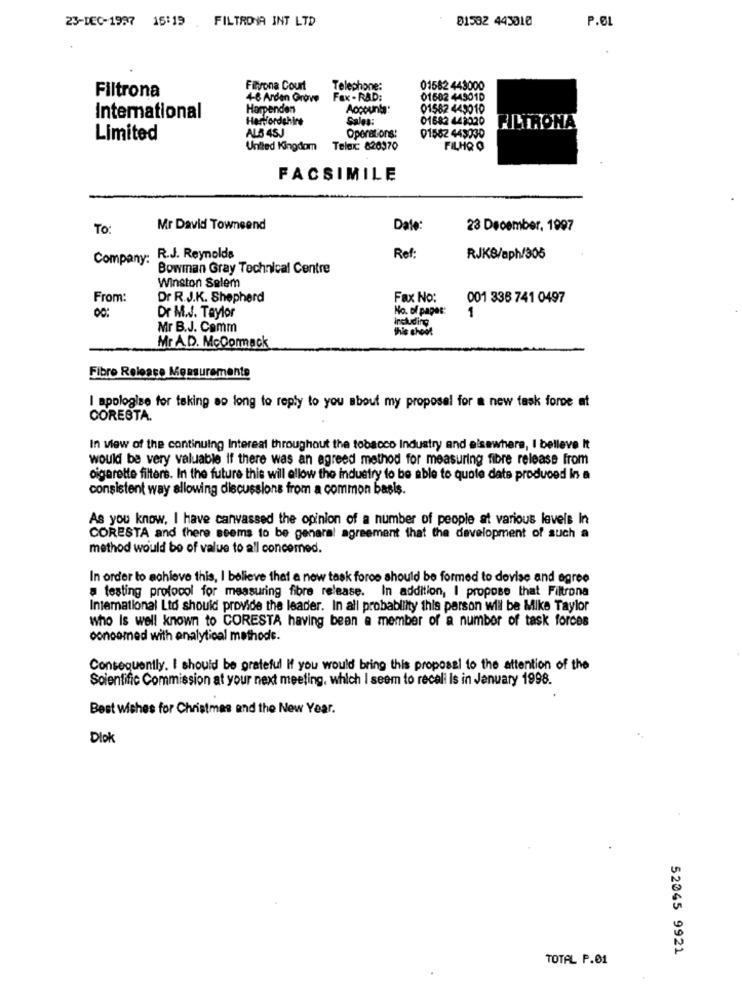
FILTRONA INT LTD
81532 443010
P.EL
23-DEC-1997 15:19
Filtrona
Fityona Court
Telephone:
01582 443000
4-6 Arden Grove
Fax - RAD:
01502 44501D
Harpenden
Accounta:
01582 443010
International
Hertfordshire
Sales:
01682 443020
ALS 45J
Operations:
01582 443030
FILTRONA
Limited
United Kingdom Telex: 820970
FILHO Q
FACSIMILE
To:
Mr David Townsend
Date:
23 December, 1997
Company: R.J. Reynolds
Ref:
RJK8/aph/305
Bowman Gray Technical Centre
Winston Salem
From:
Dr R. J.K. Shepherd
Fax No:
001 336 741 0497
Dr M.J. Taylor
No. of paper:
1
Mr B.J. Comm
including
this shoot
Mr A.D. McCormack
Fibro Release Measurements
I apologize for taking ao long to reply to you about my proposal for a new task force at
CORESTA.
In view of the continuing Interest throughout the tobacco Industry and elsewhere, I believe It
would be very valuable if there was an agreed method for measuring fibre release from
cigarette filters. In the future this will allow the industry to be able to quote date produced In a
consistent way allowing discussions from a common basis.
As you know, I have canvassed the opinion of a number of people at various levels In
CORESTA and there seems to be general agreement that the development of such a
method would be of value to all concerned.
In order to achieve this, I believe that a new task force should be formed to dovise and agree
a testing protocol for measuring fibre release. In addition, I propose that Filtrona
International Ltd should provide the leader. In all probability this person will be Mike Taylor
who Is well known to CORESTA having been a member of a number of task forces
concomed with analytical methode.
Consequently. I should be grateful If you would bring this proposal to the attention of the
Scientific Commission at your next meeting, which I seem to recali is in January 1998.
Best wishes for Christmas and the New Year.
Dlok
52045 9921
TOTAL P.01